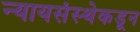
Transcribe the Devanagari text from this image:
न्यायसंस्थेकडून